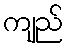
ကျည်